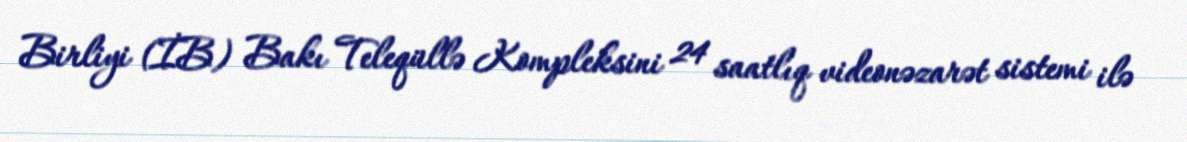
Birliyi (İB) Bakı Teleqüllə Kompleksini 24 saatlıq videonəzarət sistemi ilə